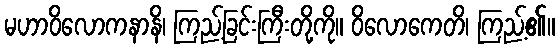
မဟာဝိလောကနာနိ၊ ကြည့်ခြင်းကြီးတို့ကို။ ဝိလောကေတိ၊ ကြည့်၏။